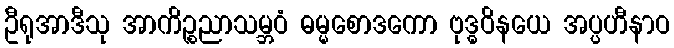
ဦရုအာဒီသု အာကိဉ္စညာသမ္ဘဝံ ဓမ္မစောဒကော ဗုဒ္ဓဝိနယေ အပ္ပဟီနာဝ